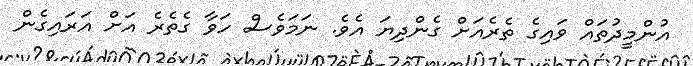
އުންމީދުތައް ވައިގެ ތެރެއަށް ގެންދިޔަ އެވެ. ނަމަވެސް ހަވާ ގެތެރެ އަށް އަރައިގެން